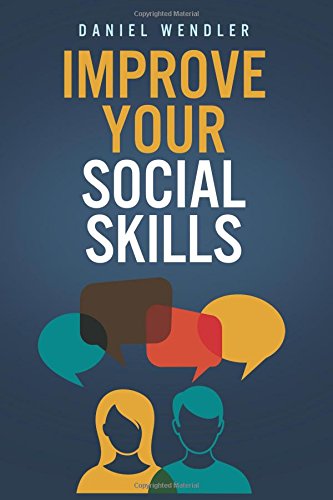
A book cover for Improve Your Social Skills; Daniel Wendler; Self-Help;